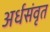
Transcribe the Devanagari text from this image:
अर्धसंवृत